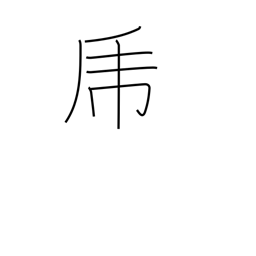
Meaning: brave